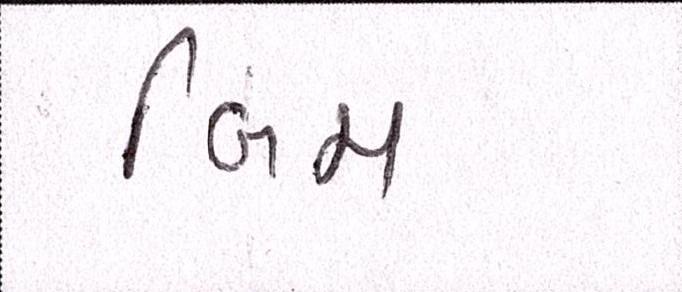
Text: બિમ